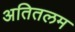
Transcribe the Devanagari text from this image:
अतितलम